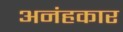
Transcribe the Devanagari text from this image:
अनंहकार